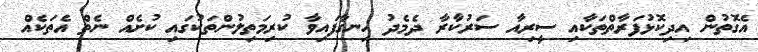
އެގޮތުން އިދިކޮޅުފަރާތްތަކާއި ސީރިއާ ސަރުކާރާ ދެމެދު ހިނގާފައިވާ ކުރިމަތިލުންތަކުގައި ކުށެއް ނެތް އެތަކެއް